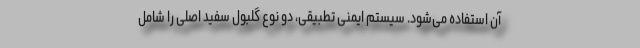
آن استفاده می‌شود. سیستم ایمنی تطبیقی، دو نوع گلبول سفید اصلی را شامل